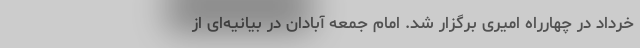
خرداد در چهارراه امیری برگزار شد. امام جمعه آبادان در بیانیه‌ای از